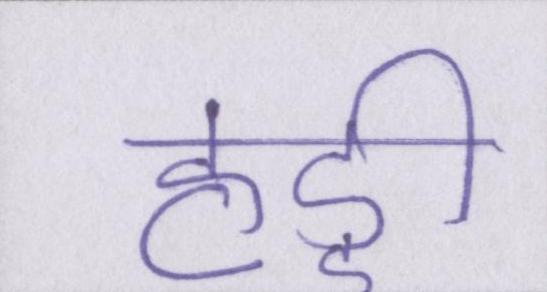
हड्डी